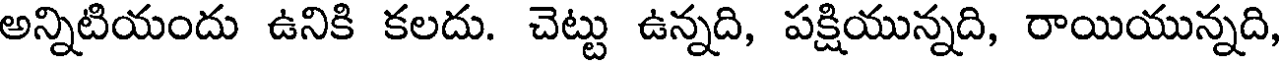
అన్నిటియందు ఉనికి కలదు. చెట్టు ఉన్నది, పక్షియున్నది, రాయియున్నది,